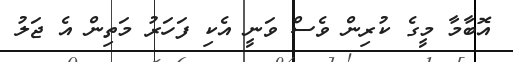
އޮބާމާ މީގެ ކުރިން ވެސް ވަނީ އެކި ފަހަރު މަތިން އެ ޖަލު